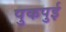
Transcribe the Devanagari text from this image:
पुकपुई